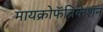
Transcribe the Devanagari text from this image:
मायक्रोफॅब्रिकेशन